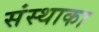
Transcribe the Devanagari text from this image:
संस्‍थाका